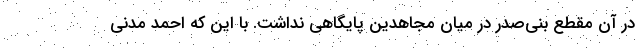
در آن مقطع بنی‌صدر در میان مجاهدین پایگاهی نداشت. با این که احمد مدنی